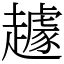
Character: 䟊